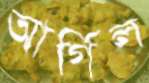
আর্গিল